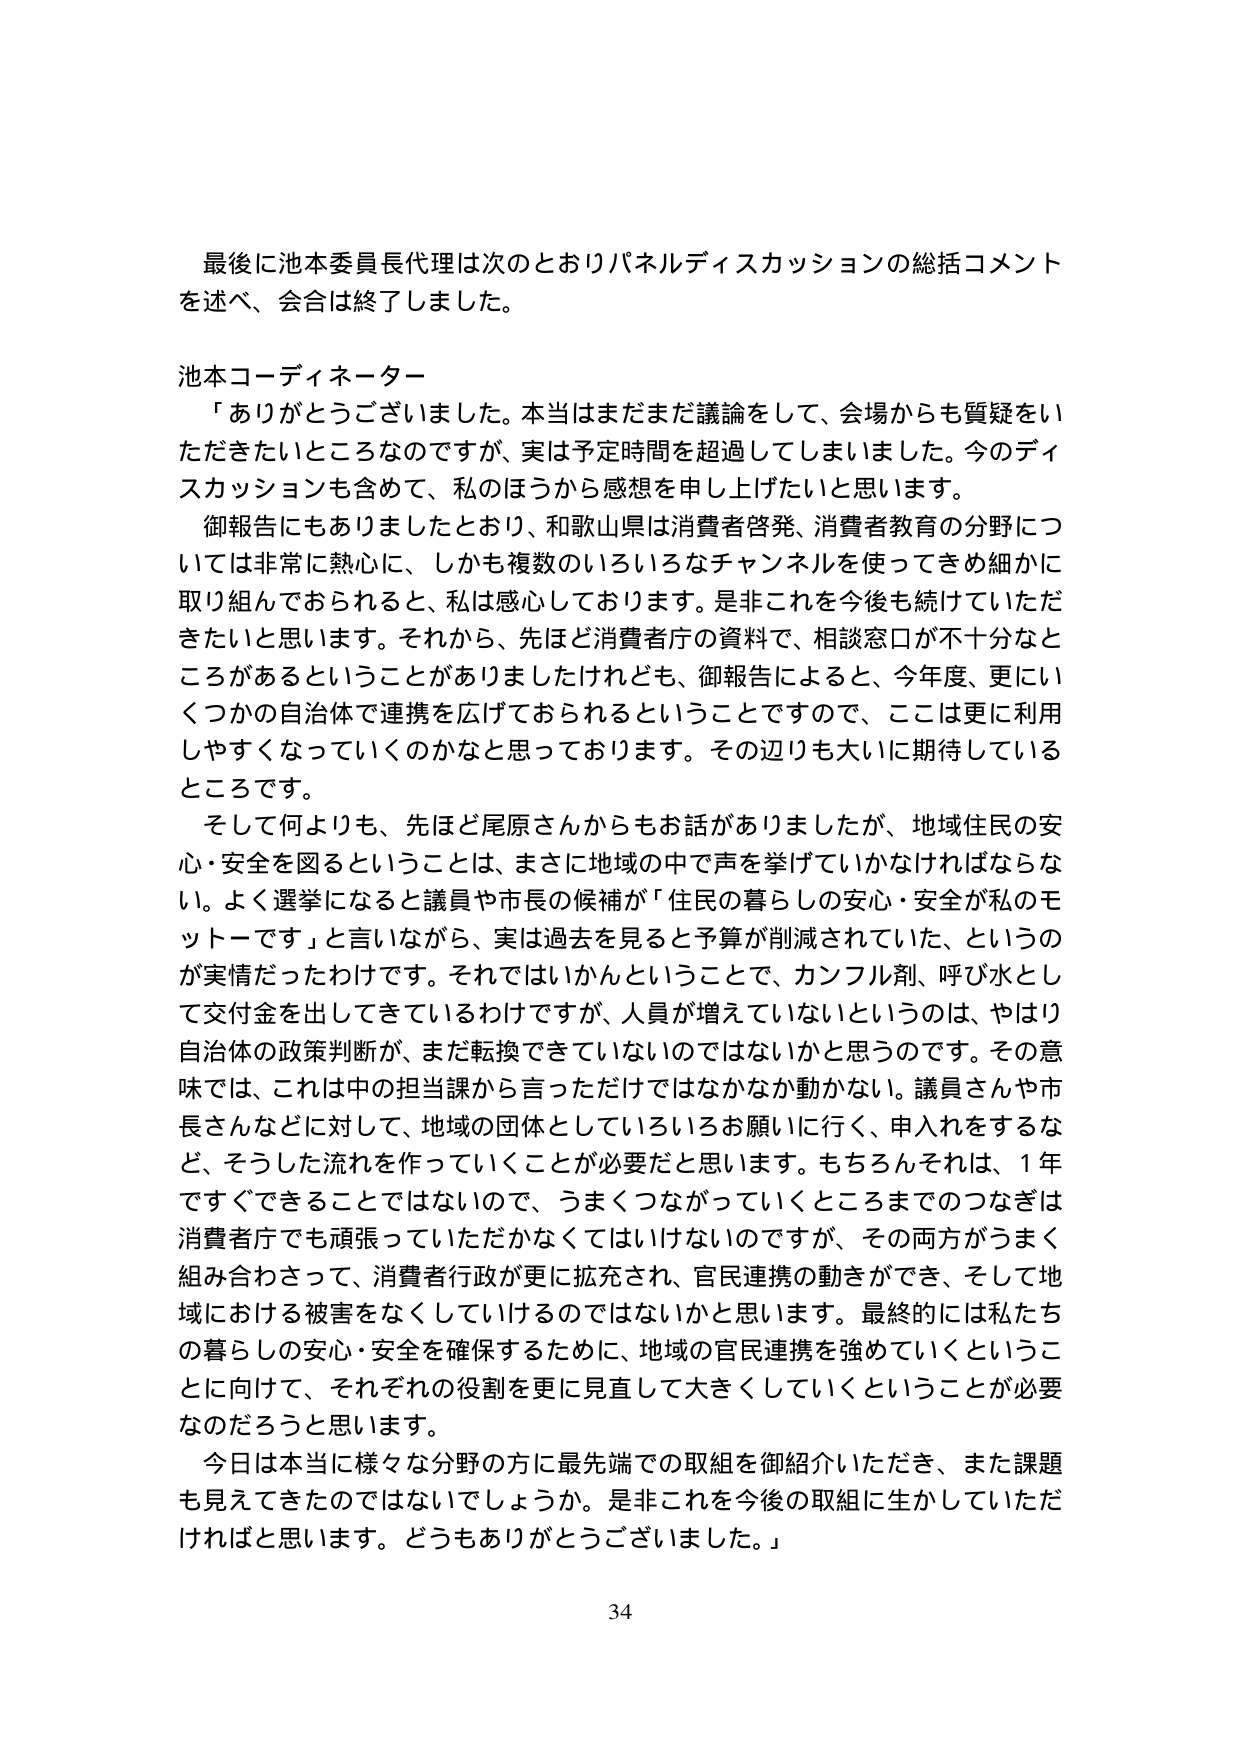
最後に池本委員長代理は次のとおりパネルディスカッションの総括コメントを述べ、会合は終了しました。

池本コーディネーター
「ありがとうございました。本当はまだまだ議論をして、会場からも質疑をいただきたいところなのですが、実は予定時間を超過してしまいました。今のディスカッションも含めて、私のほうから感想を申し上げたいと思います。
御報告にもありましたとおり、和歌山県は消費者啓発、消費者教育の分野については非常に熱心に、しかも複数のいろいろなチャンネルを使ってきめ細かに取り組んでおられると、私は感心しております。是非これを今後も続けていただきたいと思います。それから、先ほど消費者庁の資料で、相談窓口が不十分なところがあるということがありましたけれども、御報告によると、今年度、更にいくつかの自治体で連携を広げておられるということで、ここは更に利用しやすくなっていくのかなと思っております。その辺りも大いに期待しているところです。
そして何よりも、先ほど尾原さんからもお話がありましたか、地域住民の安心・安全を図るということは、まさに地域の中で声を挙げていかなければならない。よく選挙になると議員や市長の候補が「住民の暮らしの安心・安全が私のモットーです」と言いながら、実は過去を見ると予算が削減されていた、というのが実情だったわけです。それではいかんということで、カンフル剤、呼び水として交付金を出してきているわけですが、人員が増えていないというのは、やはり自治体の政策判断が、まだ転換できていないのではないかと思うのです。その意味では、これは中の担当課から言っただけではなかなか動かない。議員さんや市長さんなどに対して、地域の団体としていろいろお願いに行く、申入れをするなど、そうした流れを作っていくことが必要だと思います。もちろんそれは、1年ですぐできることではないので、うまくつながっていくところまでのつなぎは消費者庁でも頑張っていただかなくてはいけないのですが、その両方がうまく組み合わさって、消費者行政が更に拡充され、官民連携の動きができ、そして地域における被害をなくしていけるのではないかと思います。最終的には私たちの暮らしの安心・安全を確保するために、地域の官民連携を強めていくということに向けて、それぞれの役割を更に見直して大きくしていくということが必要なのだろうと思います。
今日は本当に様々な分野の方に最先端での取組を御紹介いただき、また課題も見えてきたのではないでしょうか。是非これを今後の取組に生かしていただければと思います。どうもありがとうございました。」

34